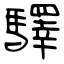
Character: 驛